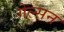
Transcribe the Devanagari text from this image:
गेल्सन